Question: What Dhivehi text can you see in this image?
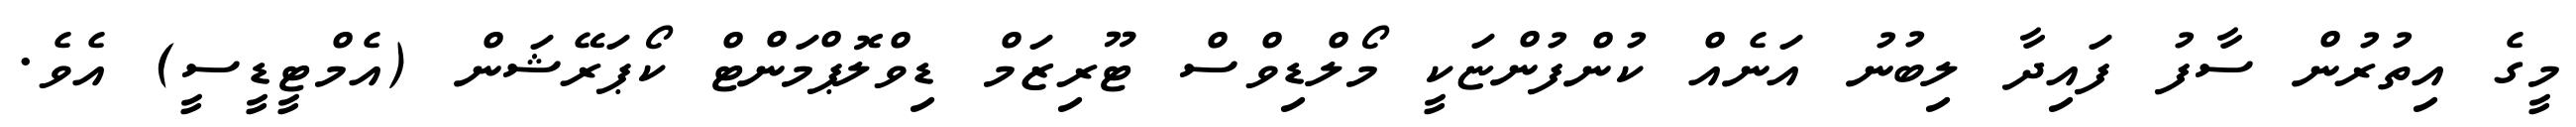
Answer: މީގެ އިތުރުން ސާފު ފައިދާ ލިބުނު އަނެއް ކުންފުންޏަކީ މޯލްޑިވްސް ޓޫރިޒަމް ޑިވްލޮޕްމަންޓް ކޯޕަރޭޝަން (އެމްޓީޑީސީ) އެވެ.